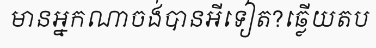
មានអ្នកណាចង់បានអីទៀត?ឆ្លើយតប